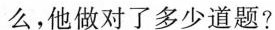
么，他做对了多少道题?